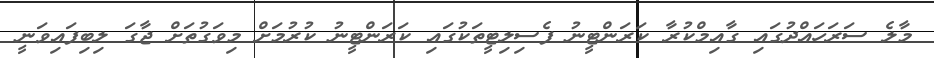
މާލެ ސަރަހައްދުގައި ގާއިމްކުރާ ކަރަންޓީނު ފެސިލިޓީތަކުގައި ކަރަންޓީނު ކުރުމަށް މިވަގުތަށް ޖާގަ ލިބިފައިވަނީ